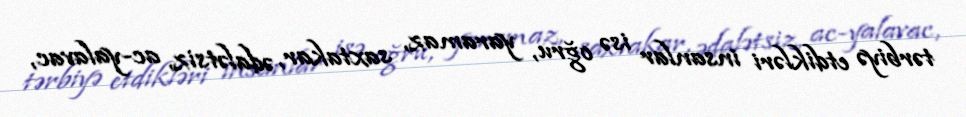
tərbiyə etdikləri insanlar isə oğru, yaramaz, saxtakar, ədalətsiz, ac-yalavac,